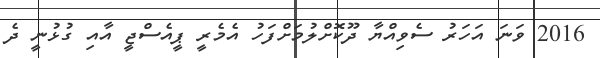
2016 ވަނަ އަހަރު ސެވިއްޔާ ދޫކޮށްލުމަށްފަހު އެމެރީ ޕީއެސްޖީ އާއި ގުޅުނީ ދެ